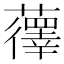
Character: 𫊏